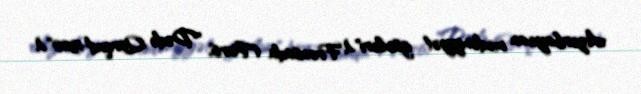
Azərbaycan mədəniyyət günləri"), Fransada (Paris, "Dədə Qorqud-1300"),